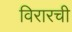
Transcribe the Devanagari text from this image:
विरारची